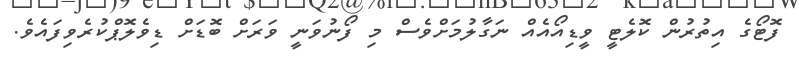
ފޮޓޯގެ އިތުރުން ކޮލެޓީ ވީޑިއޯއެއް ނަގާލުމަށްވެސް މި ފޯނުވަނީ ވަރަށް ބޮޑަށް ޑިވެލޮޕްކުރެވިފައެވެ.